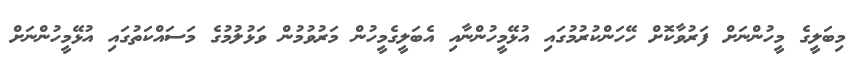
މިބަލީގެ މީހުންނަށް ފަރުވާކޮށް ހޭހަންކުރުމުގައި އުޅޭމީހުންނާއި އެބަލީގެމީހުން މަރުވުމުން ވަޅުލުމުގެ މަސައްކަތުގައި އުޅޭމީހުންނަށް